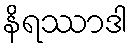
နိရဿာဒါ